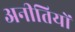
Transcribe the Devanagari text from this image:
अनीतियों